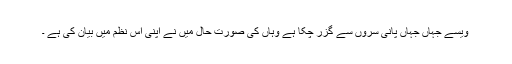
ویسے جہاں جہاں پانی سروں سے گزر چکا ہے وہاں کی صورت حال میں نے اپنی اس نظم میں بیان کی ہے ۔